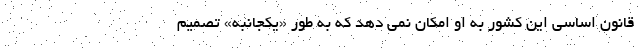
قانون اساسی این کشور به او امکان نمی دهد که به طور «یکجانبه» تصمیم